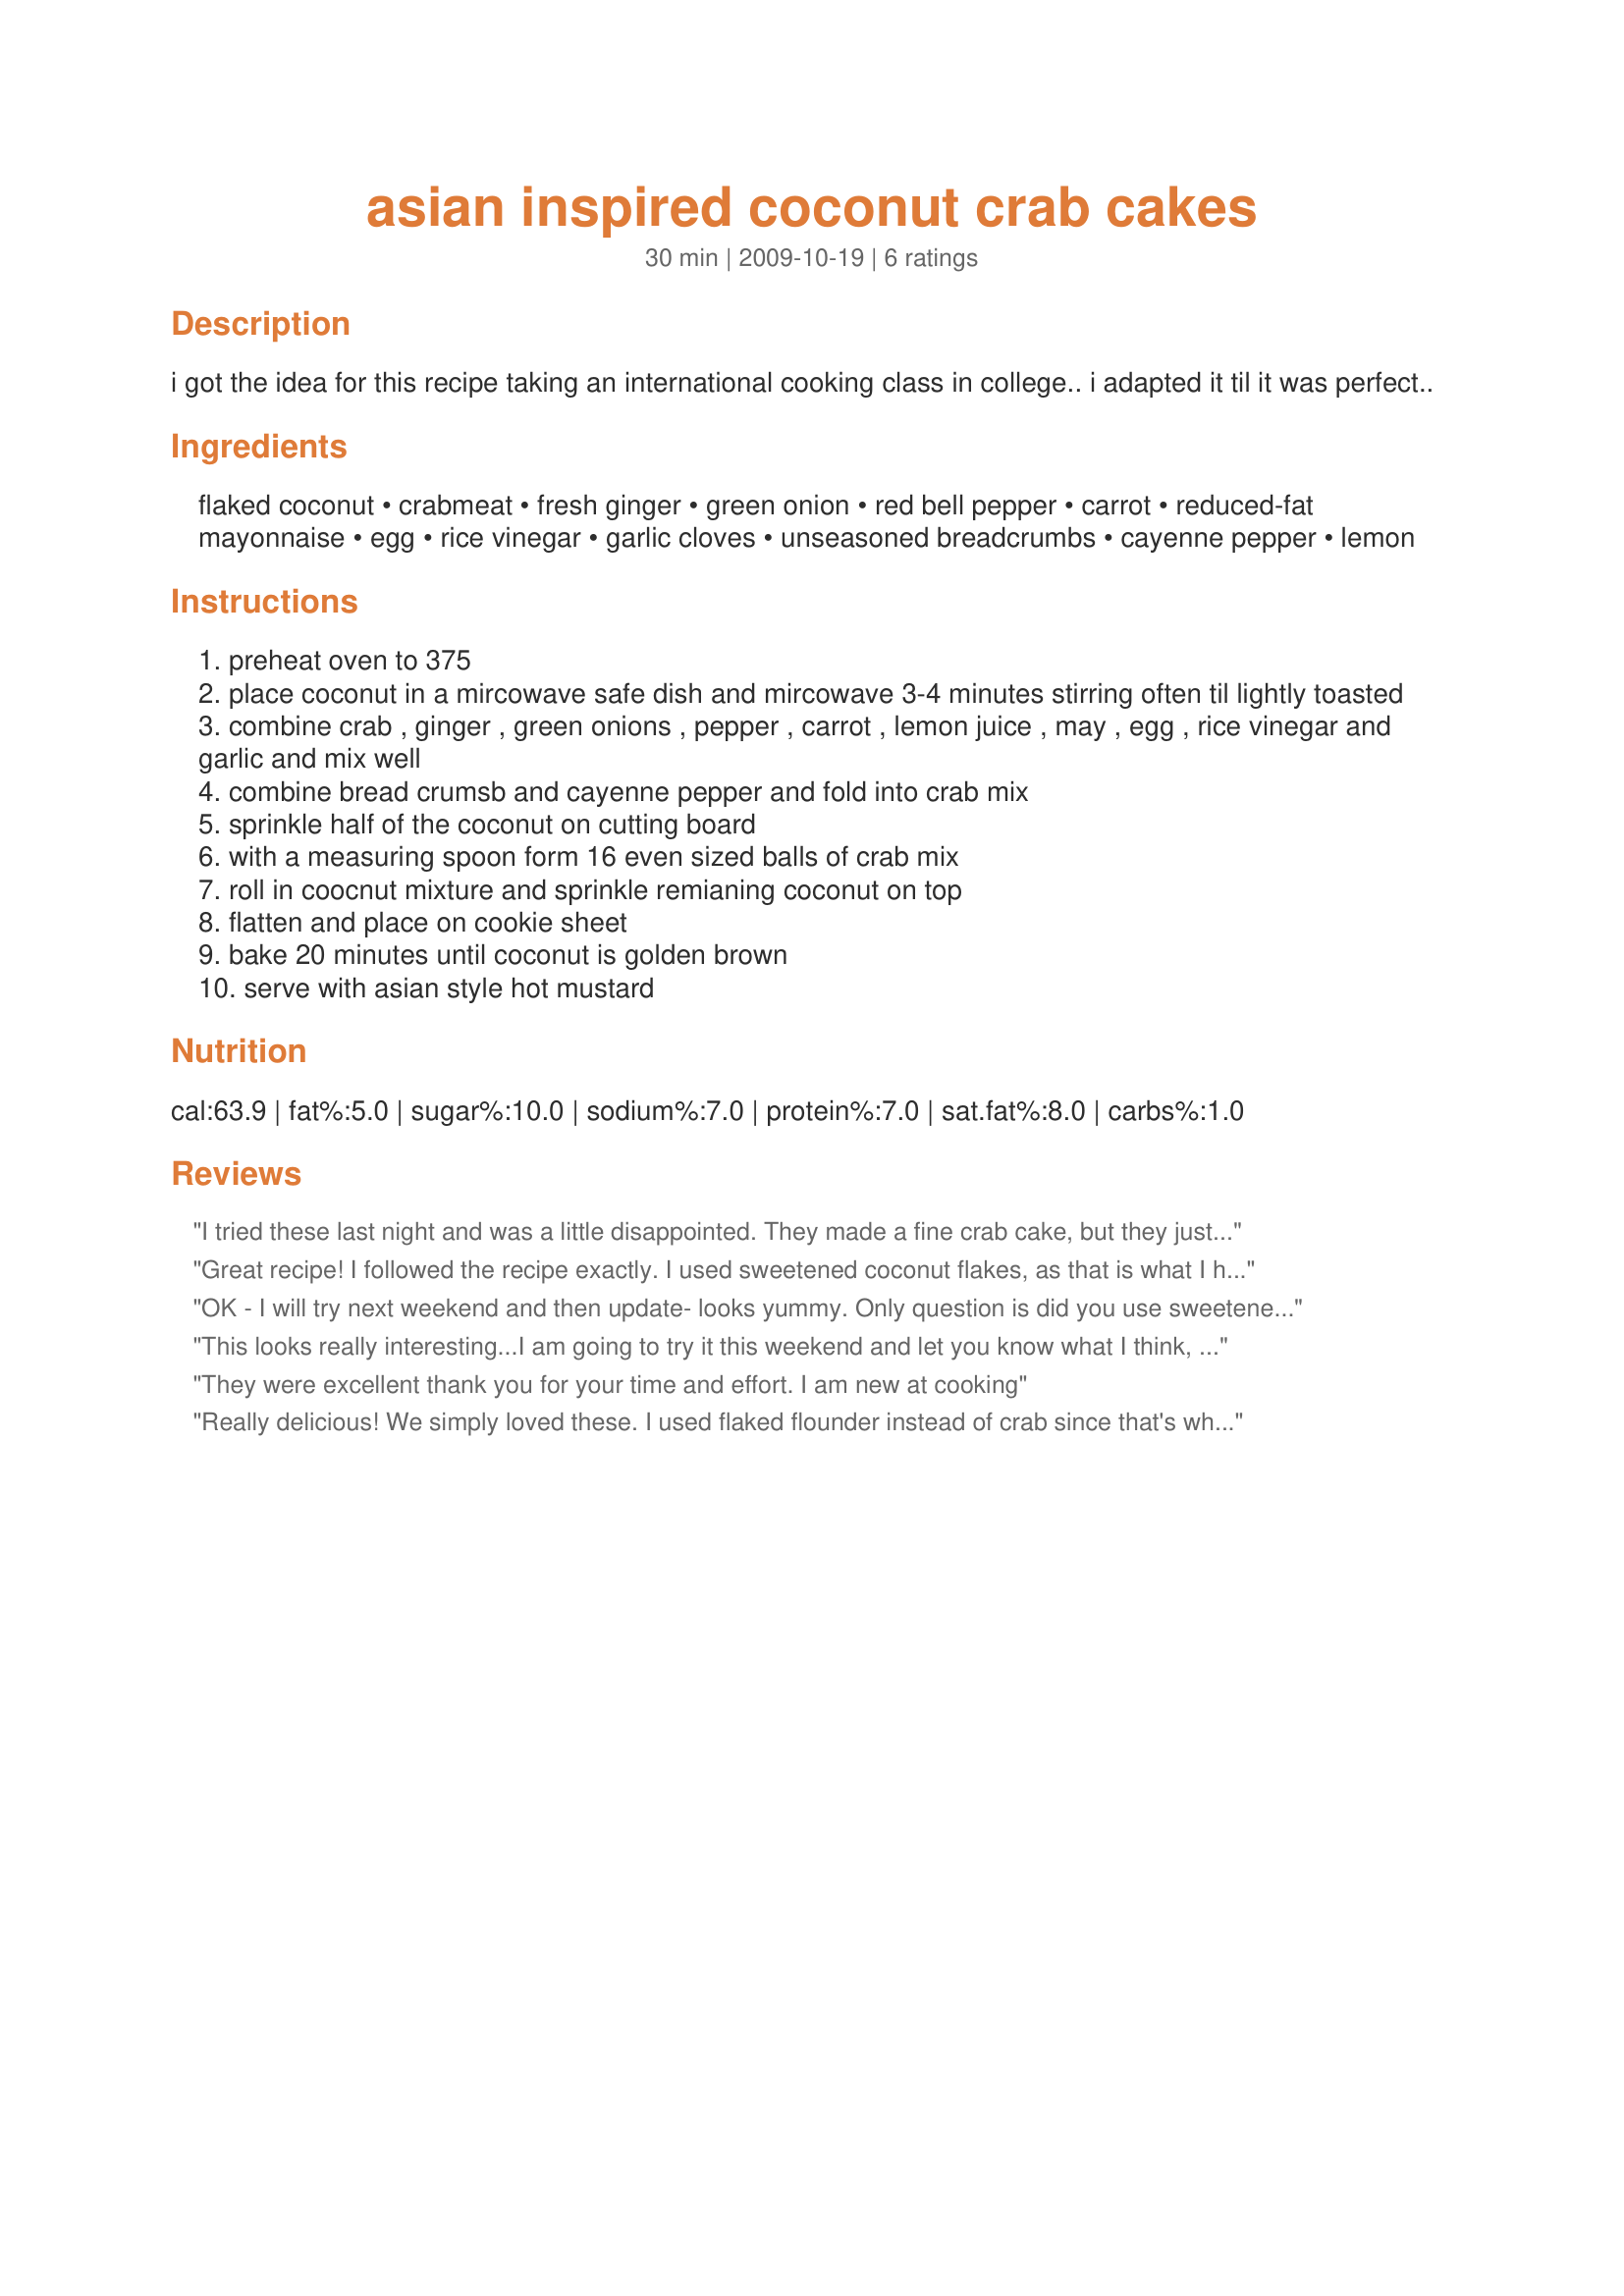
asian inspired coconut crab cakes
Preparation time: 30 minutes

i got the idea for this recipe taking an international cooking class in college.. i adapted it til it was perfect..

Ingredients:
flaked coconut, crabmeat, fresh ginger, green onion, red bell pepper, carrot, reduced-fat mayonnaise, egg, rice vinegar, garlic cloves, unseasoned breadcrumbs, cayenne pepper, lemon

Steps:
preheat oven to 375
place coconut in a mircowave safe dish and mircowave 3-4 minutes stirring often til lightly toasted
combine crab , ginger , green onions , pepper , carrot , lemon juice , may , egg , rice vinegar and garlic and mix well
combine bread crumsb and cayenne pepper and fold into crab mix
sprinkle half of the coconut on cutting board
with a measuring spoon form 16 even sized balls of crab mix
roll in coocnut mixture and sprinkle remianing coconut on top
flatten and place on cookie sheet
bake 20 minutes until coconut is golden brown
serve with asian style hot mustard

Reviews:
I tried these last night and was a little disappointed. They made a fine crab cake, but they just didn't have the zing I was hoping for. Aside from the coconut, they just really didn't taste any differently than an ordinary crab cake. I'm definitely going to make a spicy sauce for eating the leftovers. I'll probably go back to my usual crab cake recipe after this attempt.
Great recipe! I followed the recipe exactly. I used sweetened coconut flakes, as that is what I had on hand. My husband and I both liked the sweetened coconut. I've also never toasted coconut in the microwave- but it works! I would check it every 20-30 seconds. Mine was toasted in 2 1/2 minutes.
OK - I will try next weekend and then update- looks yummy. Only question is did you use sweetened coconut or unsweetened??
This looks really interesting...I am going to try it this weekend and let you know what I think, but I already know its going to be at least 4-5 :)
They were excellent
thank you for your
time and effort.
I am new at cooking
Really delicious! We simply loved these. I used flaked flounder instead of crab since that's what I had on hand. Mine needed about 30 minutes in the oven. I served them with a honey ginger dijon sauce. A winner!
